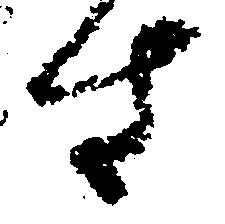
す